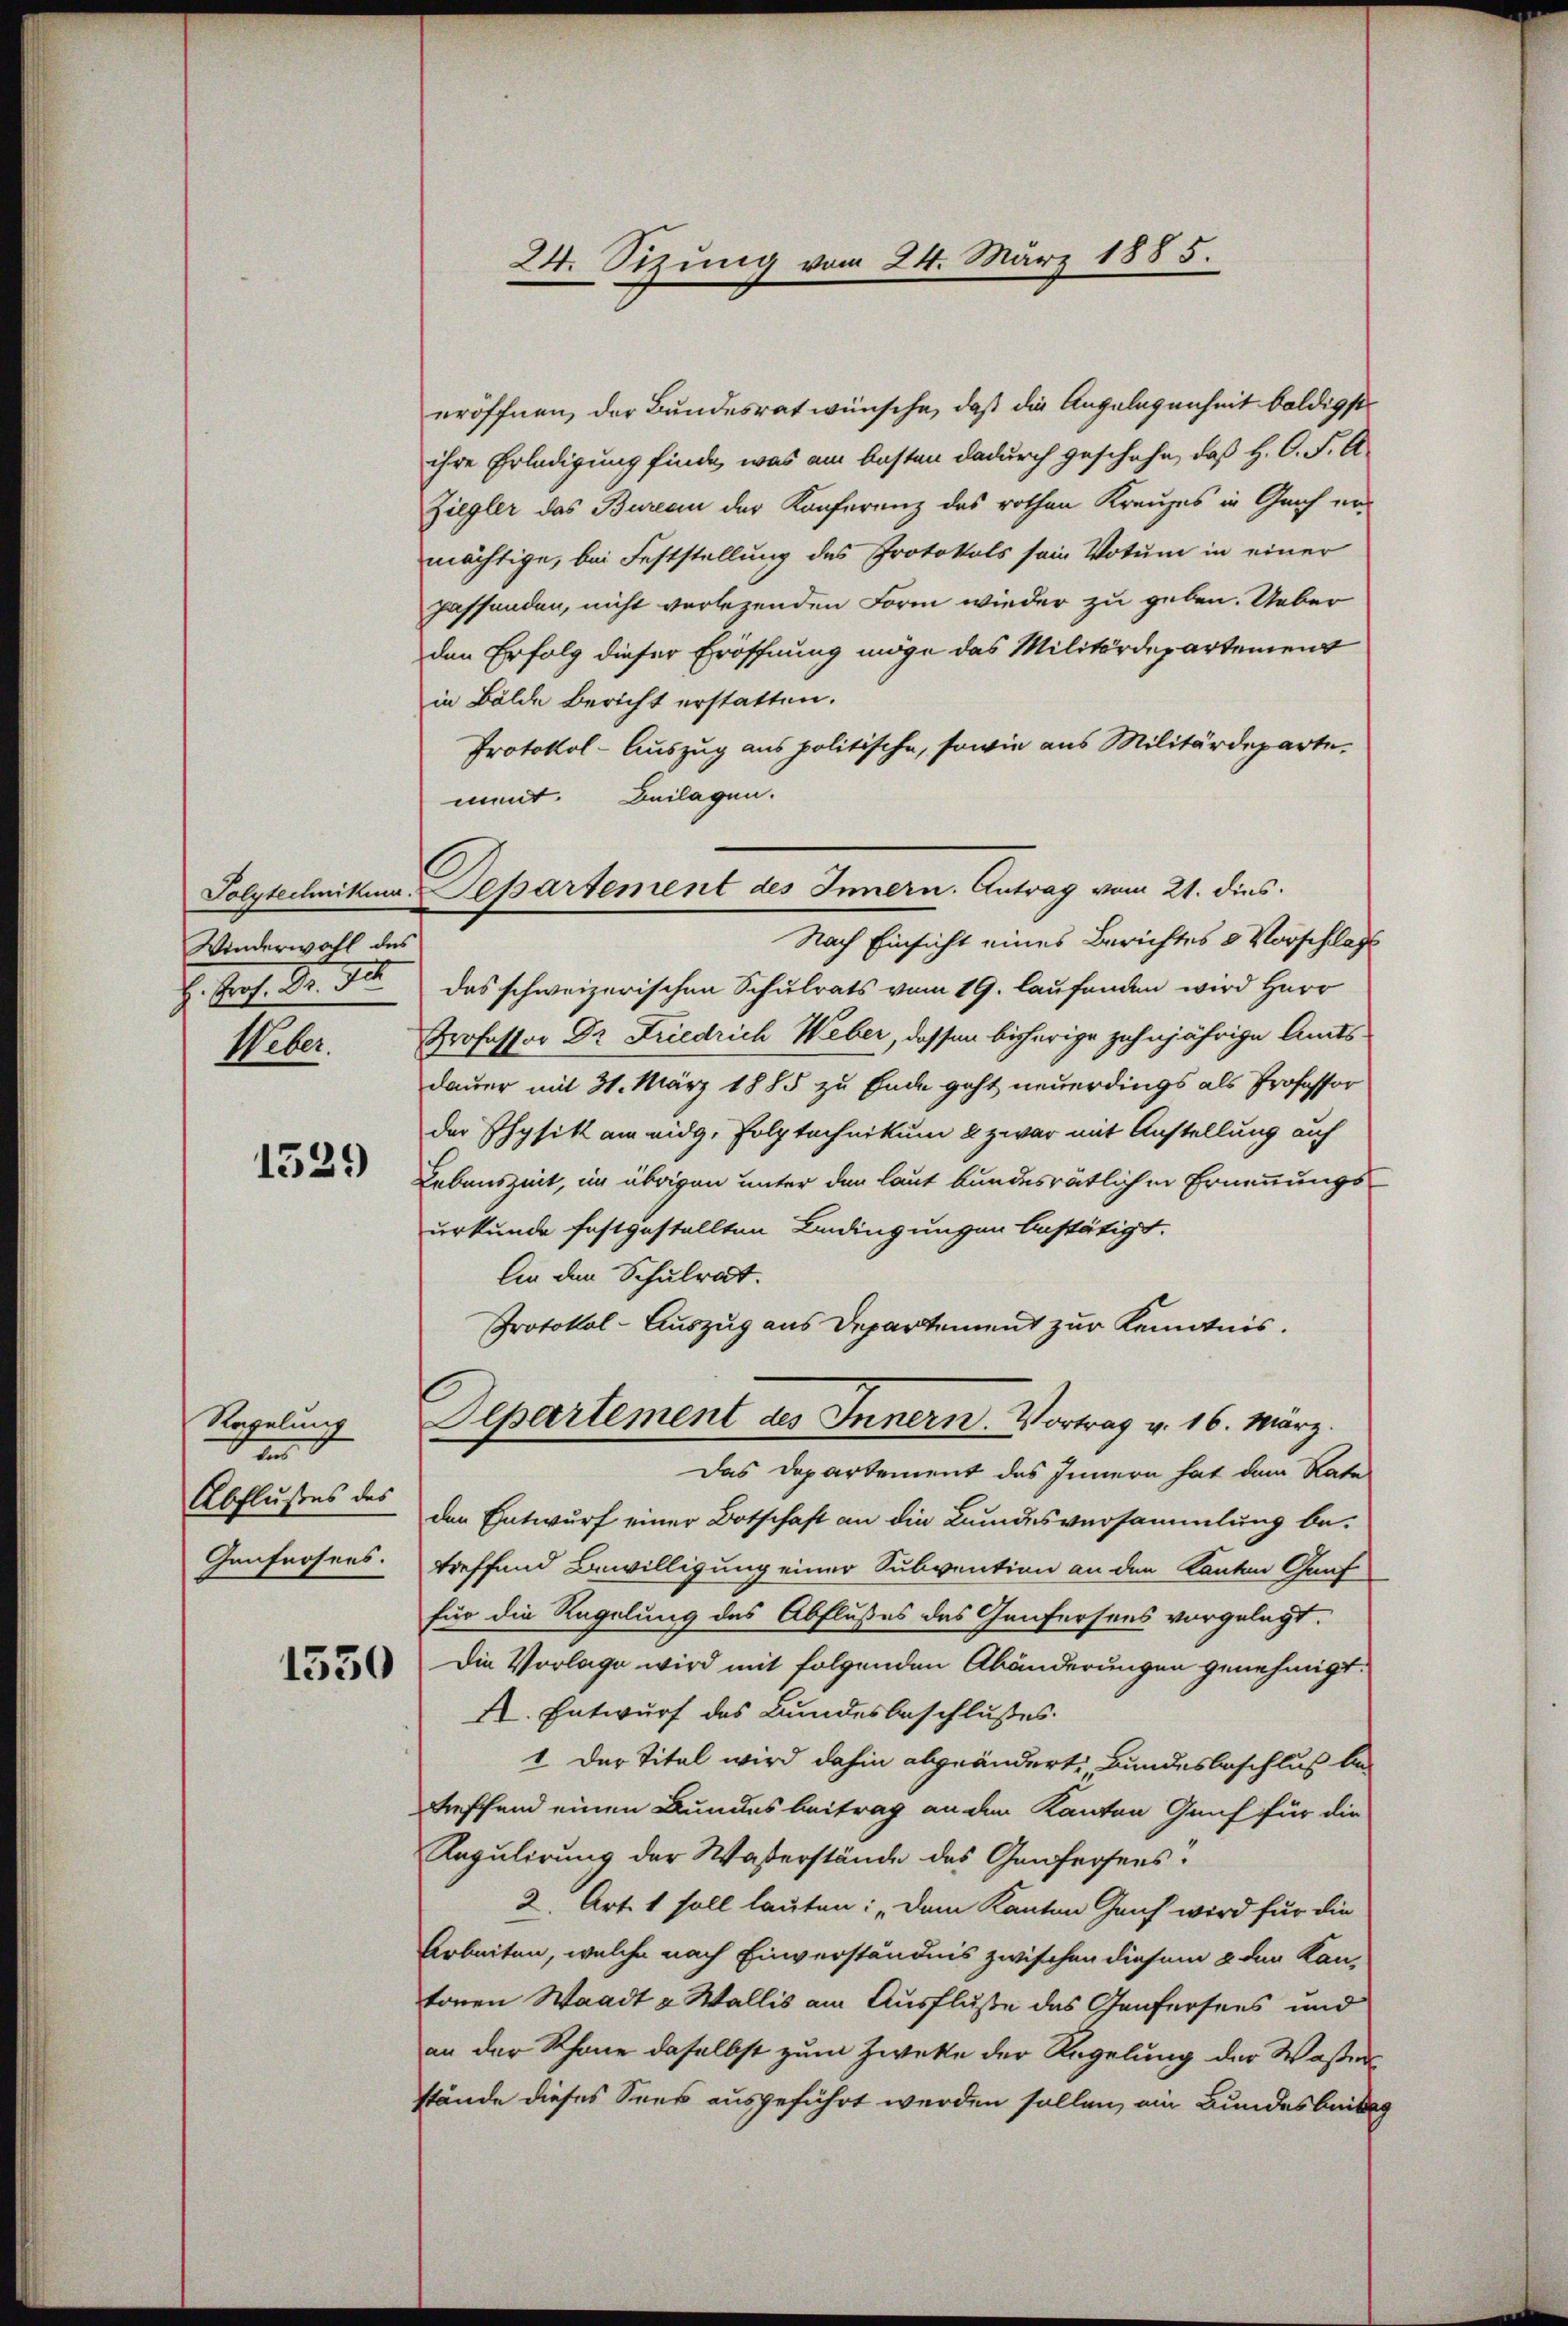
Winderwahl des
J. das No. 3.

1529

Regelung
en
Abflußes des
Genfrohens.

1530

24. Sizung vom 24. März 1885.

eröffnen, der Bundesrat wünsche, daß die Angelegenheit baldigst
ihre Erledigung finde, was am besten dadurch geschehe, daß H. C. F. A¬
Ziegler das Bureau der Konferenz des rothan Kreuzes in Graf ermächtige, bei Feststellung des Protokols sein Votum in einer
passenden, nicht verlezenden Form wieder zu geben. Ueber
den Erfolg dieser Eröffnung möge das Militärdepartement
in Bälde Bericht erstatten.
Protokol-Auszug aus politische, sowie aus Militärdeparte.
ment. Beilagen.
Nach Einsicht eines Berichtes & Vorschlaf
das schweizerischen Schulrats vom 19. laufenden wird Herr
Weber. Professor Dr. Friedrich Weber, dessen bisherige zehnjährige Amtsdauer mit 31. März 1885 zu Ende geht neuerdings als Professor
der Physik am eidg. Polytechnikum & zwar mit Anstellung auf
Lebenszeit, im übrigen unter den laut bundesrätlichen Ernennungsurkunde festgestellten Bedingungen bestätigt.
An den Schulrat.
Protokol-Auszug aus Departement zur Kenntnis.
Departement des Innern. Vortrag v. 16. März.
Das Departement des Innern hat dem Rate
den Entwurf einer Botschaft an die Bundesversammlung betreffend Bewilligung einer Subvention an den Kanton Gauf
für die Regelung des Abflußes des Genfersens vorgelegt.
Die Vorlage wird mit folgenden Abänderungen genehmigt.
X. Entwurf des Bundesbeschlußes.
1. Der Titel wird dahin abgeänderte Bundesbeschluß bei
treffend einen Bundesbeitrag an den Kanton Genf für die
Regulirung der Waßerstände des Genfersens.
2. Art. 1 soll lauten: „Dem Kanton Genf wird für die
Arbeiten, welche nach Einverständnis zwischen diesem 8 den Kan-
tonen Waadt & Wallis am Ausfluße das Genfersees und
an der Schöne daselbst zum Zweke der Regelung der Wassen
stände dieses Sees ausgeführt werden sollen, ein Bundesberdig

Polytechnikum. Departement des Innern. Antrag vom 21. dies